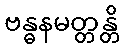
ဗန္ဓနမတ္တန္တိ